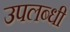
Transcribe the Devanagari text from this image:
उपलब्‍धी